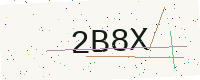
Text: 2B8X